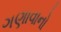
ગણાવાનો